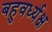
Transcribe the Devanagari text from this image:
बहुवर्ध्यक्ष